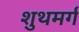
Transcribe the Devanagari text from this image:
शुथमर्ग